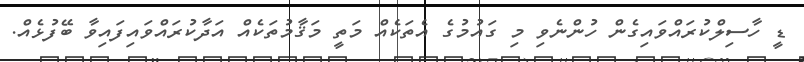
ޑީ ހާސިލްކުރައްވައިގެން ހުންނެވި މި ގައުމުގެ އެތަކެއް މަތީ މަޤާމުތަކެއް އަދާކުރައްވައިފައިވާ ބޭފުޅެއް.